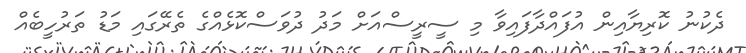
ދެކުނު ކޮރިޔާއިން އުފައްދާފައިވާ މި ސީރީސްއަށް މަދު ދުވަސްކޮޅެއްގެ ތެރޭގައި މަޑު ތަރުހީބެއް